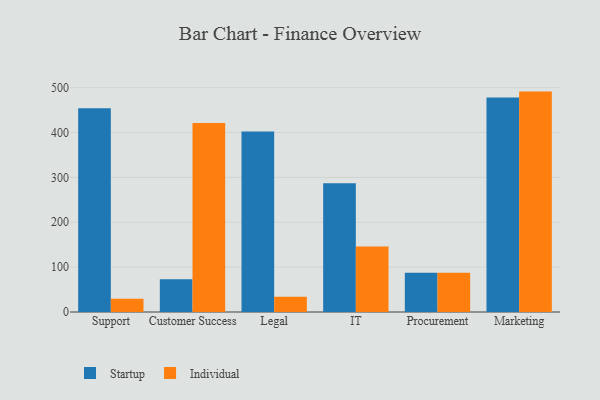
{"axis": {"x": "Department", "y": "LTV (USD)"}, "legend": ["Individual", "Startup"], "data": [{"x": "Support", "y": 454.0, "type": "Startup"}, {"x": "Support", "y": 29.6, "type": "Individual"}, {"x": "Customer Success", "y": 72.8, "type": "Startup"}, {"x": "Customer Success", "y": 421.2, "type": "Individual"}, {"x": "Legal", "y": 402.0, "type": "Startup"}, {"x": "Legal", "y": 34.2, "type": "Individual"}, {"x": "IT", "y": 287.1, "type": "Startup"}, {"x": "IT", "y": 146.0, "type": "Individual"}, {"x": "Procurement", "y": 87.2, "type": "Startup"}, {"x": "Procurement", "y": 87.5, "type": "Individual"}, {"x": "Marketing", "y": 478.3, "type": "Startup"}, {"x": "Marketing", "y": 491.2, "type": "Individual"}]}